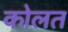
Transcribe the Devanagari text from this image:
कोलत